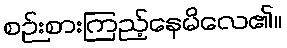
စဉ်းစားကြည့်နေမိလေ၏။